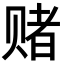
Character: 赌